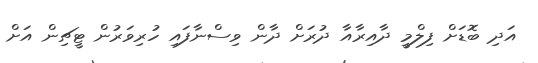
އަދި ބޮޑަށް ފިލްމީ ދާއިރާއާ ދުރަށް ދާން ވިސްނާފައި ހުރިވަރުން ޓީޗިން އަށް